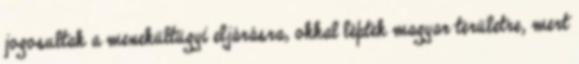
jogosultak a menekültügyi eljárásra, okkal léptek magyar területre, mert